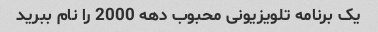
یک برنامه تلویزیونی محبوب دهه 2000 را نام ببرید